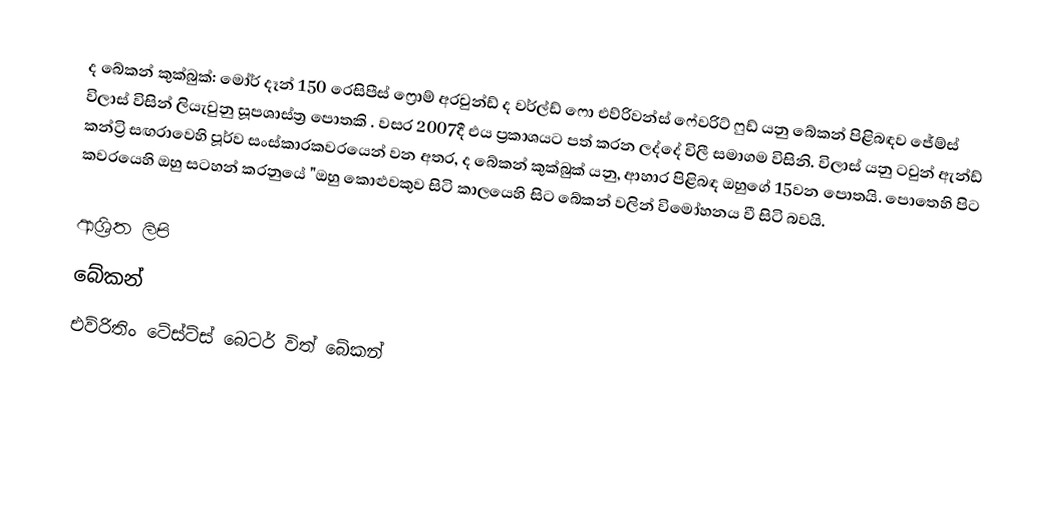
ද බේකන් කුක්බුක්: මෝර් දෑන් 150 රෙසිපීස් ‍ෆ්‍රොම් අරවුන්ඩ් ද වර්ල්ඩ් ෆො එව්රිවන්ස් ෆේවරිට් ‍ෆුඩ් යනු බේකන් පිළිබඳව ජේම්ස් විලාස් විසින් ලියැවුනු සූපශාස්ත්‍ර පොතකි . වසර 2007දී එය ප්‍රකාශයට පත් කරන ලද්දේ විලී සමාගම විසිනි. විලාස් යනු  ටවුන් ඇන්ඩ් කන්ට්‍රි සඟරාවෙහි පූර්ව සංස්කාරකවරයෙන් වන අතර, ද බේකන් කුක්බුක් යනු, ආහාර පිළිබඳ ඔහුගේ 15වන පොතයි. පොතෙහි පිට කවරයෙහි ඔහු සටහන් කරනුයේ "ඔහු ‍කොළුවකුව සිටි කාලයෙහි සිට බේකන් වලින් විමෝහනය වී සිටි බවයි.

ආශ්‍රිත ලිපි
 බේකන්
 එව්රිතිං ටේස්ට්ස් බෙටර් විත් බේකන්